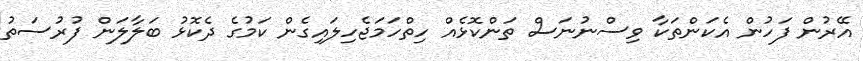
އޭރުން ފަހުން އެކަންތަކާ ވިސްނުނަސް ތަންކޮޅެއް ހިތްހަމަޖެހިލައިގެން ކަމުގެ ދެކޮޅު ބަލާލަން ފުރުސަތު